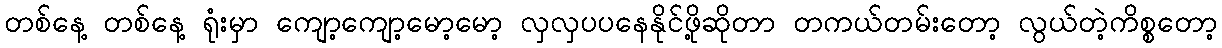
တစ်နေ့ တစ်နေ့ ရုံးမှာ ကျော့ကျော့မော့မော့ လှလှပပနေနိုင်ဖို့ဆိုတာ တကယ်တမ်းတော့ လွယ်တဲ့ကိစ္စတော့